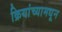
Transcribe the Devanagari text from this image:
क्रियांच्यामधून